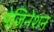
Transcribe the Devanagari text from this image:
पेजिनेशन